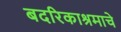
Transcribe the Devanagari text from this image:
बदरिकाश्रमाचे